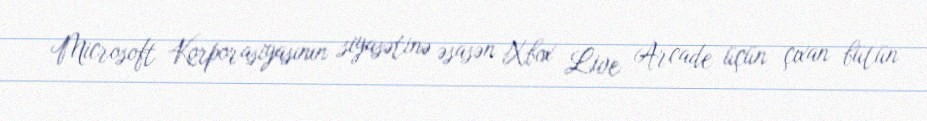
Microsoft Korporasiyasının siyasətinə əsasən Xbox Live Arcade üçün çıxan bütün